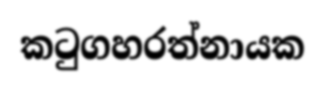
කටුගහරත්නායක